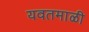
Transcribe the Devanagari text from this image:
यवतमाळी